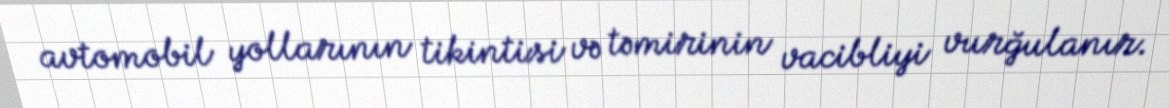
avtomobil yollarının tikintisi və təmirinin vacibliyi vurğulanır.